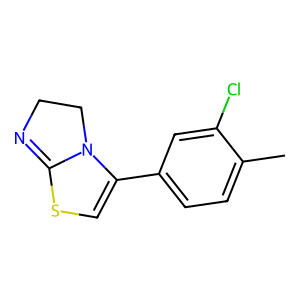
SMILES: Cc1ccc(C2=CSC3=NCCN23)cc1Cl
Inhibits HIV replication: No